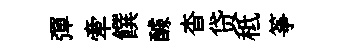
彈牽饌醵杳贷秪筝